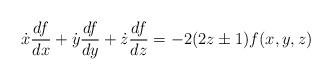
LaTeX: \begin{align*} \dot{x}\dfrac {df}{dx} + \dot{y}\dfrac {df}{dy} + \dot{z}\dfrac {df}{dz}= -2(2z \pm 1) f(x,y,z)\end{align*}